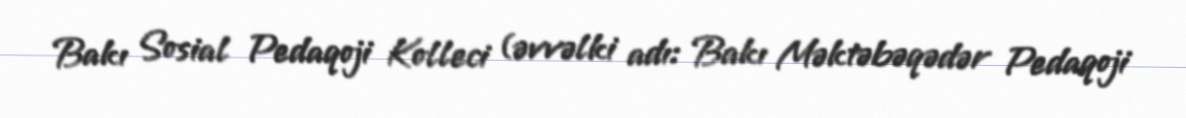
Bakı Sosial Pedaqoji Kolleci (əvvəlki adı: Bakı Məktəbəqədər Pedaqoji